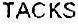
TACKS